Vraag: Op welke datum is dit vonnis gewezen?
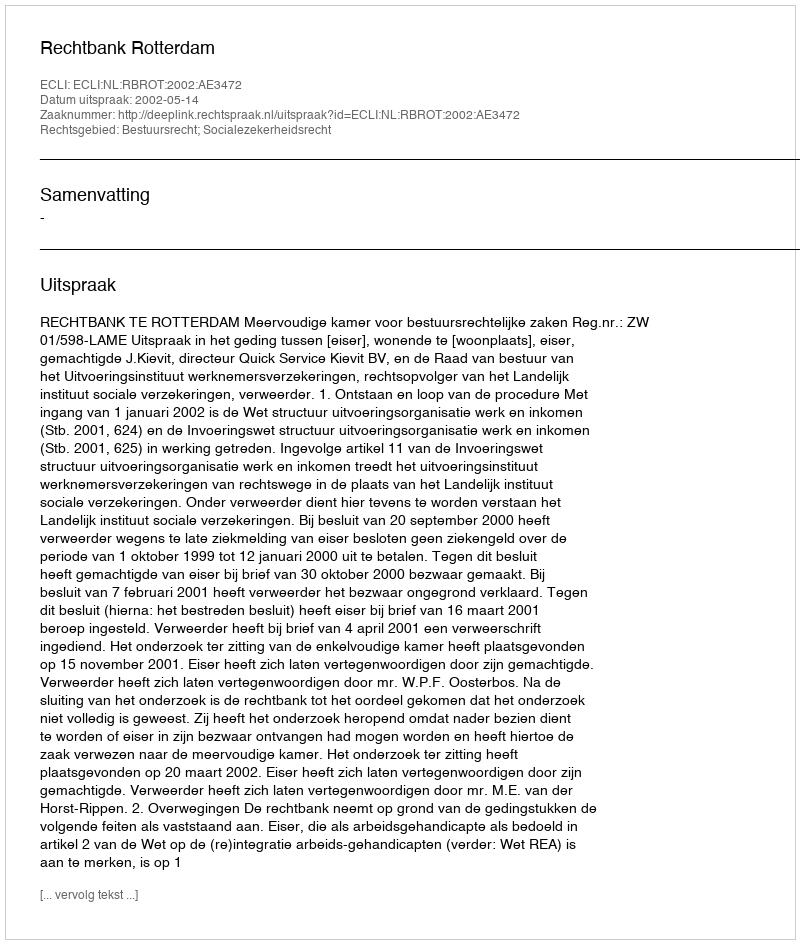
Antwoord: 2002-05-14